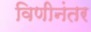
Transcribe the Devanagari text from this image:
विणीनंतर